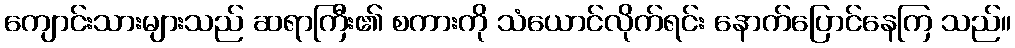
ကျောင်းသားများသည် ဆရာကြီး၏ စကားကို သံယောင်လိုက်ရင်း နောက်ပြောင်နေကြ သည်။